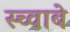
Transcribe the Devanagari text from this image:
स्च्वाबे